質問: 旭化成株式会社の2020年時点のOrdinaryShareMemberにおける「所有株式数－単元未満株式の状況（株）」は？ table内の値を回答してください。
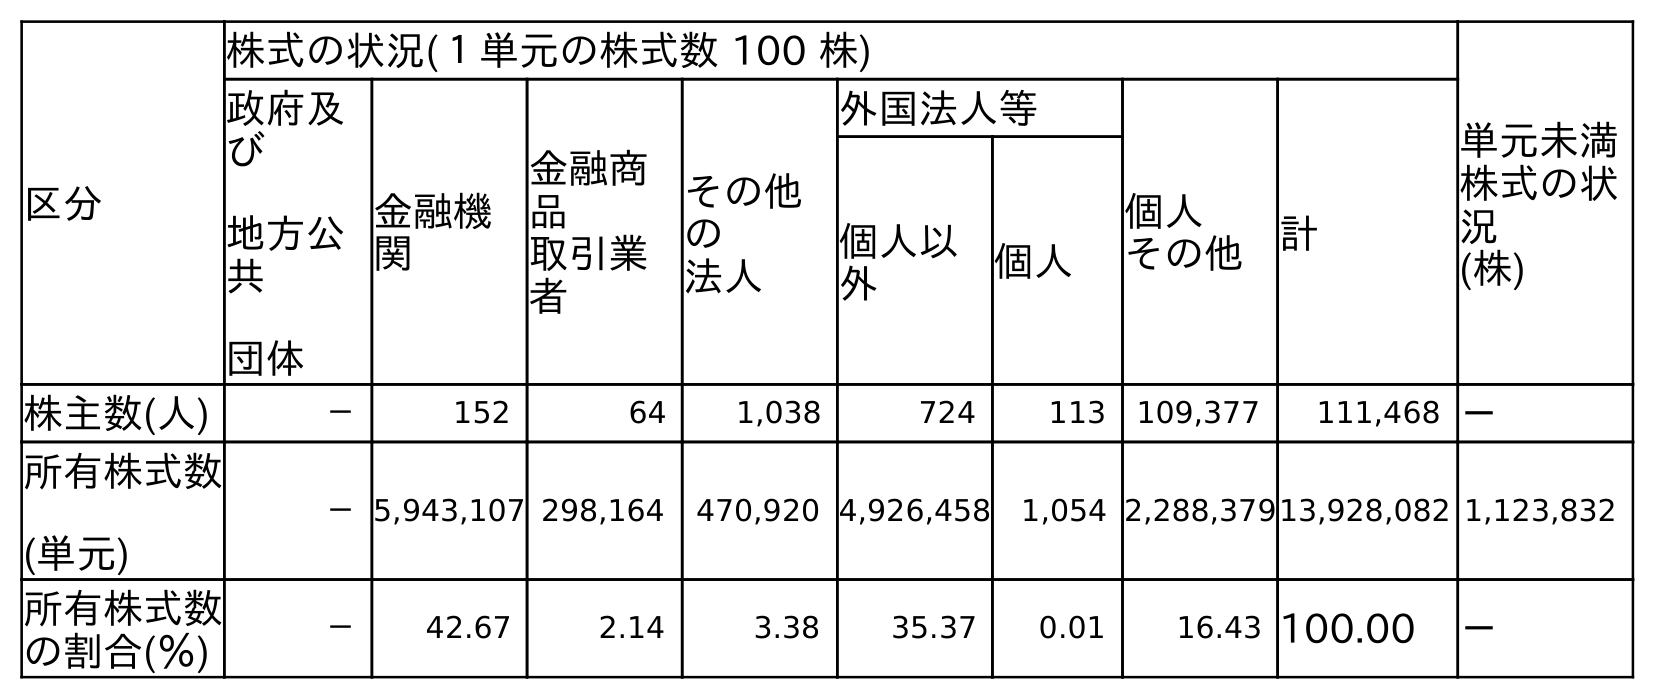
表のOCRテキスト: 区分 株式の状況(１単元の株式数 100 株) 単元未満 株式の状 況 (株) 政府及 び 地方公 共 団体 金融機 関 金融商 品 取引業 者 その他 の 法人 外国法人等 個人 その他 計 個人以 外 個人 株主数(人) － 152 64 1,038 724 113 109,377 111,468 － 所有株式数 (単元) －5,943,107 298,164 470,920 4,926,458 1,054 2,288,37913,928,082 1,123,832 所有株式数 の割合(％) － 42.67 2.14 3.38 35.37 0.01 16.43 100.00 －
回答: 1,123,832